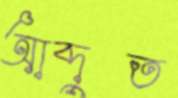
আব্দুত